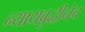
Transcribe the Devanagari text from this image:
न्यायबुद्धीनेच